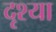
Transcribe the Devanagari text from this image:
दृश्या